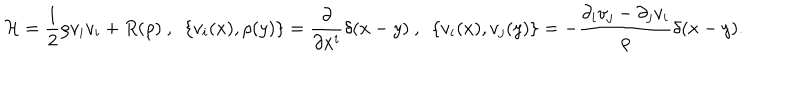
{ \cal H } = { \frac { 1 } { 2 } } \rho v _ { i } v _ { i } + R ( \rho ) ~ , ~ ~ \{ v _ { i } ( x ) , \rho ( y ) \} = { \frac { \partial } { \partial x ^ { i } } } \delta ( x - y ) ~ , ~ ~ \{ v _ { i } ( x ) , v _ { j } ( y ) \} = - { \frac { \partial _ { i } v _ { j } - \partial _ { j } v _ { i } } { \rho } } \delta ( x - y ) .